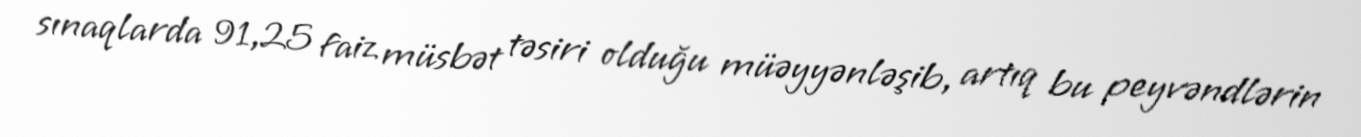
sınaqlarda 91,25 faiz müsbət təsiri olduğu müəyyənləşib, artıq bu peyvəndlərin